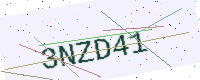
Text: 3NZD41